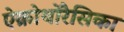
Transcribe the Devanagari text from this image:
ऐक्रोथोरैसिका